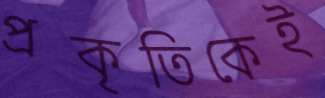
প্রকৃতিকেই